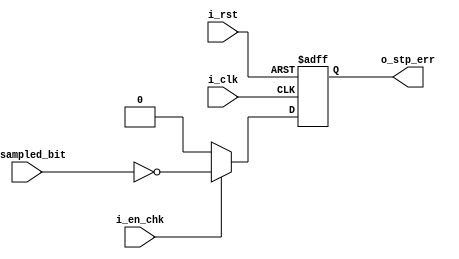
module rx_stp_chk(
    input i_clk , i_rst , i_en_chk, 
    input i_sampled_bit, 
    output reg o_stp_err 
);


    always @(posedge i_clk or negedge i_rst)
        begin
            if(~i_rst)
                begin
                    o_stp_err <= 1'b0; 
                end 
            else 
                begin 
                    if(i_en_chk)
                        o_stp_err <= ~i_sampled_bit; 
                    else 
                        o_stp_err <= 1'b0; 
                end  
        end 


endmodule